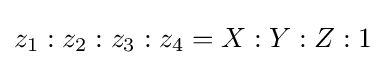
z_{1}:z_{2}:z_{3}:z_{4}=X:Y:Z:1